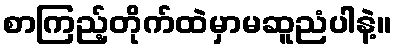
စာကြည့်တိုက်ထဲမှာမဆူညံပါနဲ့။